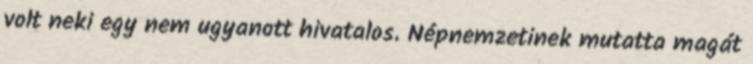
volt neki egy nem ugyanott hivatalos. Népnemzetinek mutatta magát